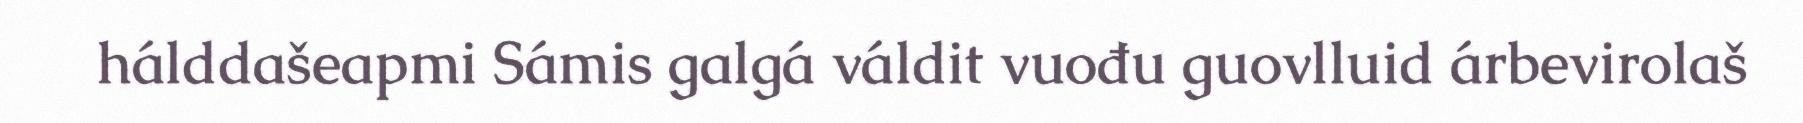
hálddašeapmi Sámis galgá váldit vuođu guovlluid árbevirolaš